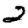
Digit: 2